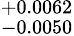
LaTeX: ^{+0.0062}_{-0.0050}